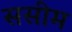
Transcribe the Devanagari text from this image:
ससीम